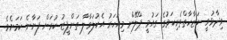
ވިދާޅުވީ ނަޒާހާތްތެރިކަމުގެ ގައުމީ ޕްލޭން މިއަހަރު އެކުލަވާލާ ތަންފީޒު ކުރަން ފަށާނެ ކަމަށެވެ.